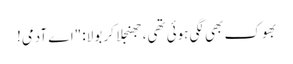
بھوک بھی لگی ہوئی تھی، جھنجلا کر بولا: "اے آدمی!